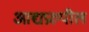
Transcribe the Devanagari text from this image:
आद्यप्ररुपील